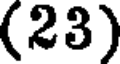
(23)